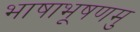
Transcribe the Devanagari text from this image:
भाषाभूषणमु